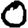
Digit: 0